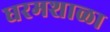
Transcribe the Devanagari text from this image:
धरमशाळा